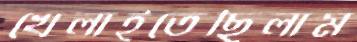
খেলাইতেছিলাম